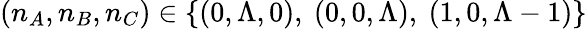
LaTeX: (n_{A},n_{B},n_{C})\in\{ (0,\Lambda,0),~(0,0,\Lambda),~(1,0,\Lambda-1)\}